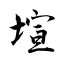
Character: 塇